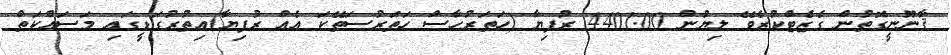
ޤާނޫނީގޮތުން ގެޒެޓްކުރެވޭ ލިޔުން 4401.00 ރުފިޔާ (ހަތަރުހާސް ހަތަރުސަތޭކަ އެއް ރުފިޔާ)އިތުރުގަޑީގައި މަސައްކަތް